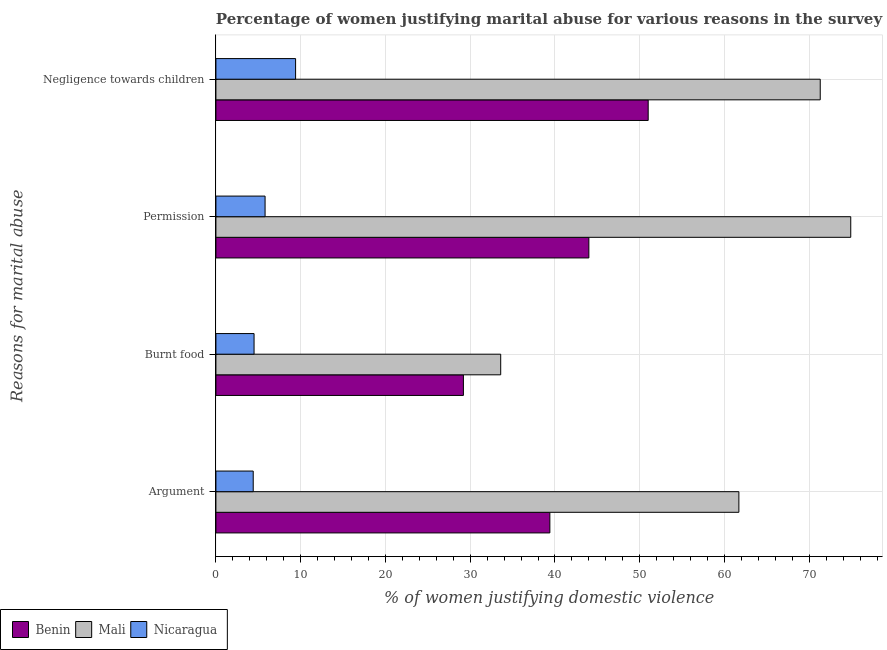
| Reasons for marital abuse | Benin | Mali | Nicaragua |
 | --- | --- | --- | --- |
 | Argument | 39.4 | 61.7 | 4.4 |
 | Burnt food | 29.2 | 33.6 | 4.5 |
 | Permission | 44 | 74.9 | 5.8 |
 | Negligence towards children | 51 | 71.3 | 9.4 |